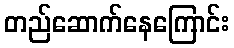
တည်ဆောက်နေကြောင်း